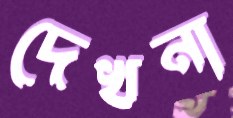
দেখনা